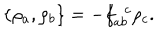
\{ \rho _ { a } , \rho _ { b } \} = - f _ { a b } ^ { \ \ c } \rho _ { c } .